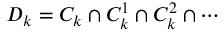
D _ { k } = C _ { k } \cap C _ { k } ^ { 1 } \cap C _ { k } ^ { 2 } \cap \cdots